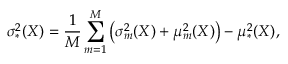
\sigma _ { * } ^ { 2 } ( X ) = \frac { 1 } { M } \sum _ { m = 1 } ^ { M } \left( \sigma _ { m } ^ { 2 } ( X ) + \mu _ { m } ^ { 2 } ( X ) \right) - \mu _ { * } ^ { 2 } ( X ) ,